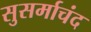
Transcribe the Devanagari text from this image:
सुसर्माचंद